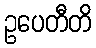
ဥပေတီတိ